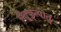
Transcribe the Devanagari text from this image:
सेतुकृत्पातु